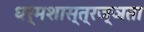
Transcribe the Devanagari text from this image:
धर्मशास्त्रज्ञता